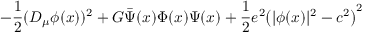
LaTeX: - { \frac { 1 } { 2 } } ( D _ { \mu } \phi ( x ) ) ^ { 2 } + G \bar { \Psi } ( x ) \Phi ( x ) \Psi ( x ) + { \frac { 1 } { 2 } } e ^ { 2 } \bigl ( \vert \phi ( x ) \vert ^ { 2 } - c ^ { 2 } \bigr ) ^ { 2 }